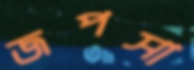
জপসা